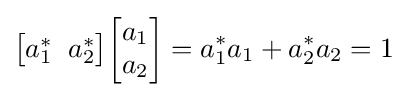
{\begin{bmatrix}a_{1}^{*}\;\;a_{2}^{*}\end{bmatrix}}{\begin{bmatrix}a_{1}\\a_{2}\end{bmatrix}}=a_{1}^{*}a_{1}+a_{2}^{*}a_{2}=1